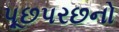
પૂછપરછનો